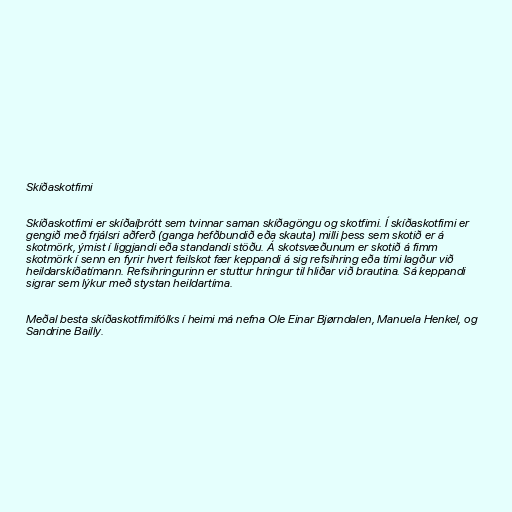
Skíðaskotfimi

Skíðaskotfimi er skíðaíþrótt sem tvinnar saman skíðagöngu og skotfimi. Í skíðaskotfimi er
gengið með frjálsri aðferð (ganga hefðbundið eða skauta) milli þess sem skotið er á
skotmörk, ýmist í liggjandi eða standandi stöðu. Á skotsvæðunum er skotið á fimm
skotmörk í senn en fyrir hvert feilskot fær keppandi á sig refsihring eða tími lagður við
heildarskíðatímann. Refsihringurinn er stuttur hringur til hliðar við brautina. Sá keppandi
sigrar sem lýkur með stystan heildartíma.

Meðal besta skíðaskotfimifólks í heimi má nefna Ole Einar Bjørndalen, Manuela Henkel, og
Sandrine Bailly.